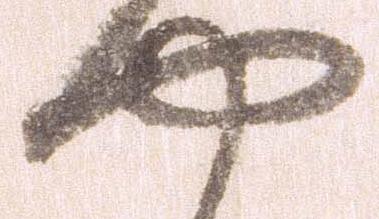
や